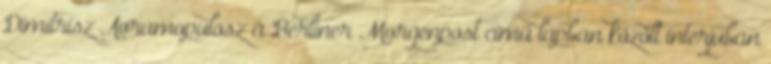
Dimitrisz Avramopulosz a Berliner Morgenpost című lapban közölt interjúban